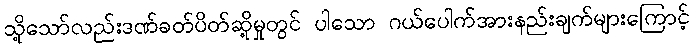
သို့သော်လည်းဒဏ်ခတ်ပိတ်ဆို့မှုတွင် ပါသော ဂယ်ပေါက်အားနည်းချက်များကြောင့်